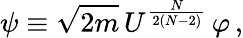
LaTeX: \psi\equiv\sqrt{2m}\, U^{\frac{N}{2(N-2)}}\, \varphi\, ,